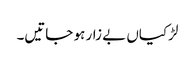
لڑکیاں بے زار ہو جاتیں۔